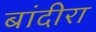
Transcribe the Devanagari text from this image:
बांदीरा